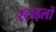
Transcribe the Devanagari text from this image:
स्टाइलों